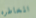
المخاطره